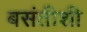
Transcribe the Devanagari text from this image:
बसंतीशी